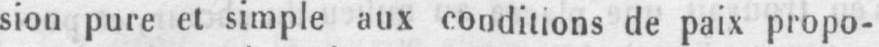
sion pure et simple aux conditions de paix propo-